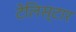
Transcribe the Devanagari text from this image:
टेलिस्टार